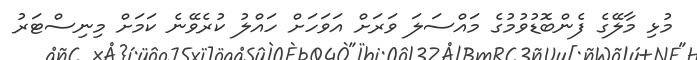
މުޅި މާލޭގެ ފެންބޮޑުވުމުގެ މައްސަލަ ވަރަށް އަވަހަށް ހައްލު ކުރެވޭނެ ކަމަށް މިނިސްޓަރު